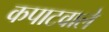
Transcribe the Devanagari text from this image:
कपाटवाले